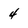
Character: 4